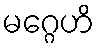
မဂ္ဂေဟိ